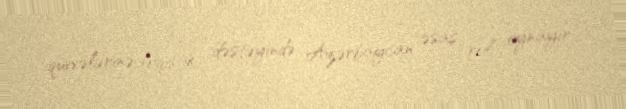
qüvvələrinə loqistik dəstəyində Azərbaycan əsas rol oynayır.